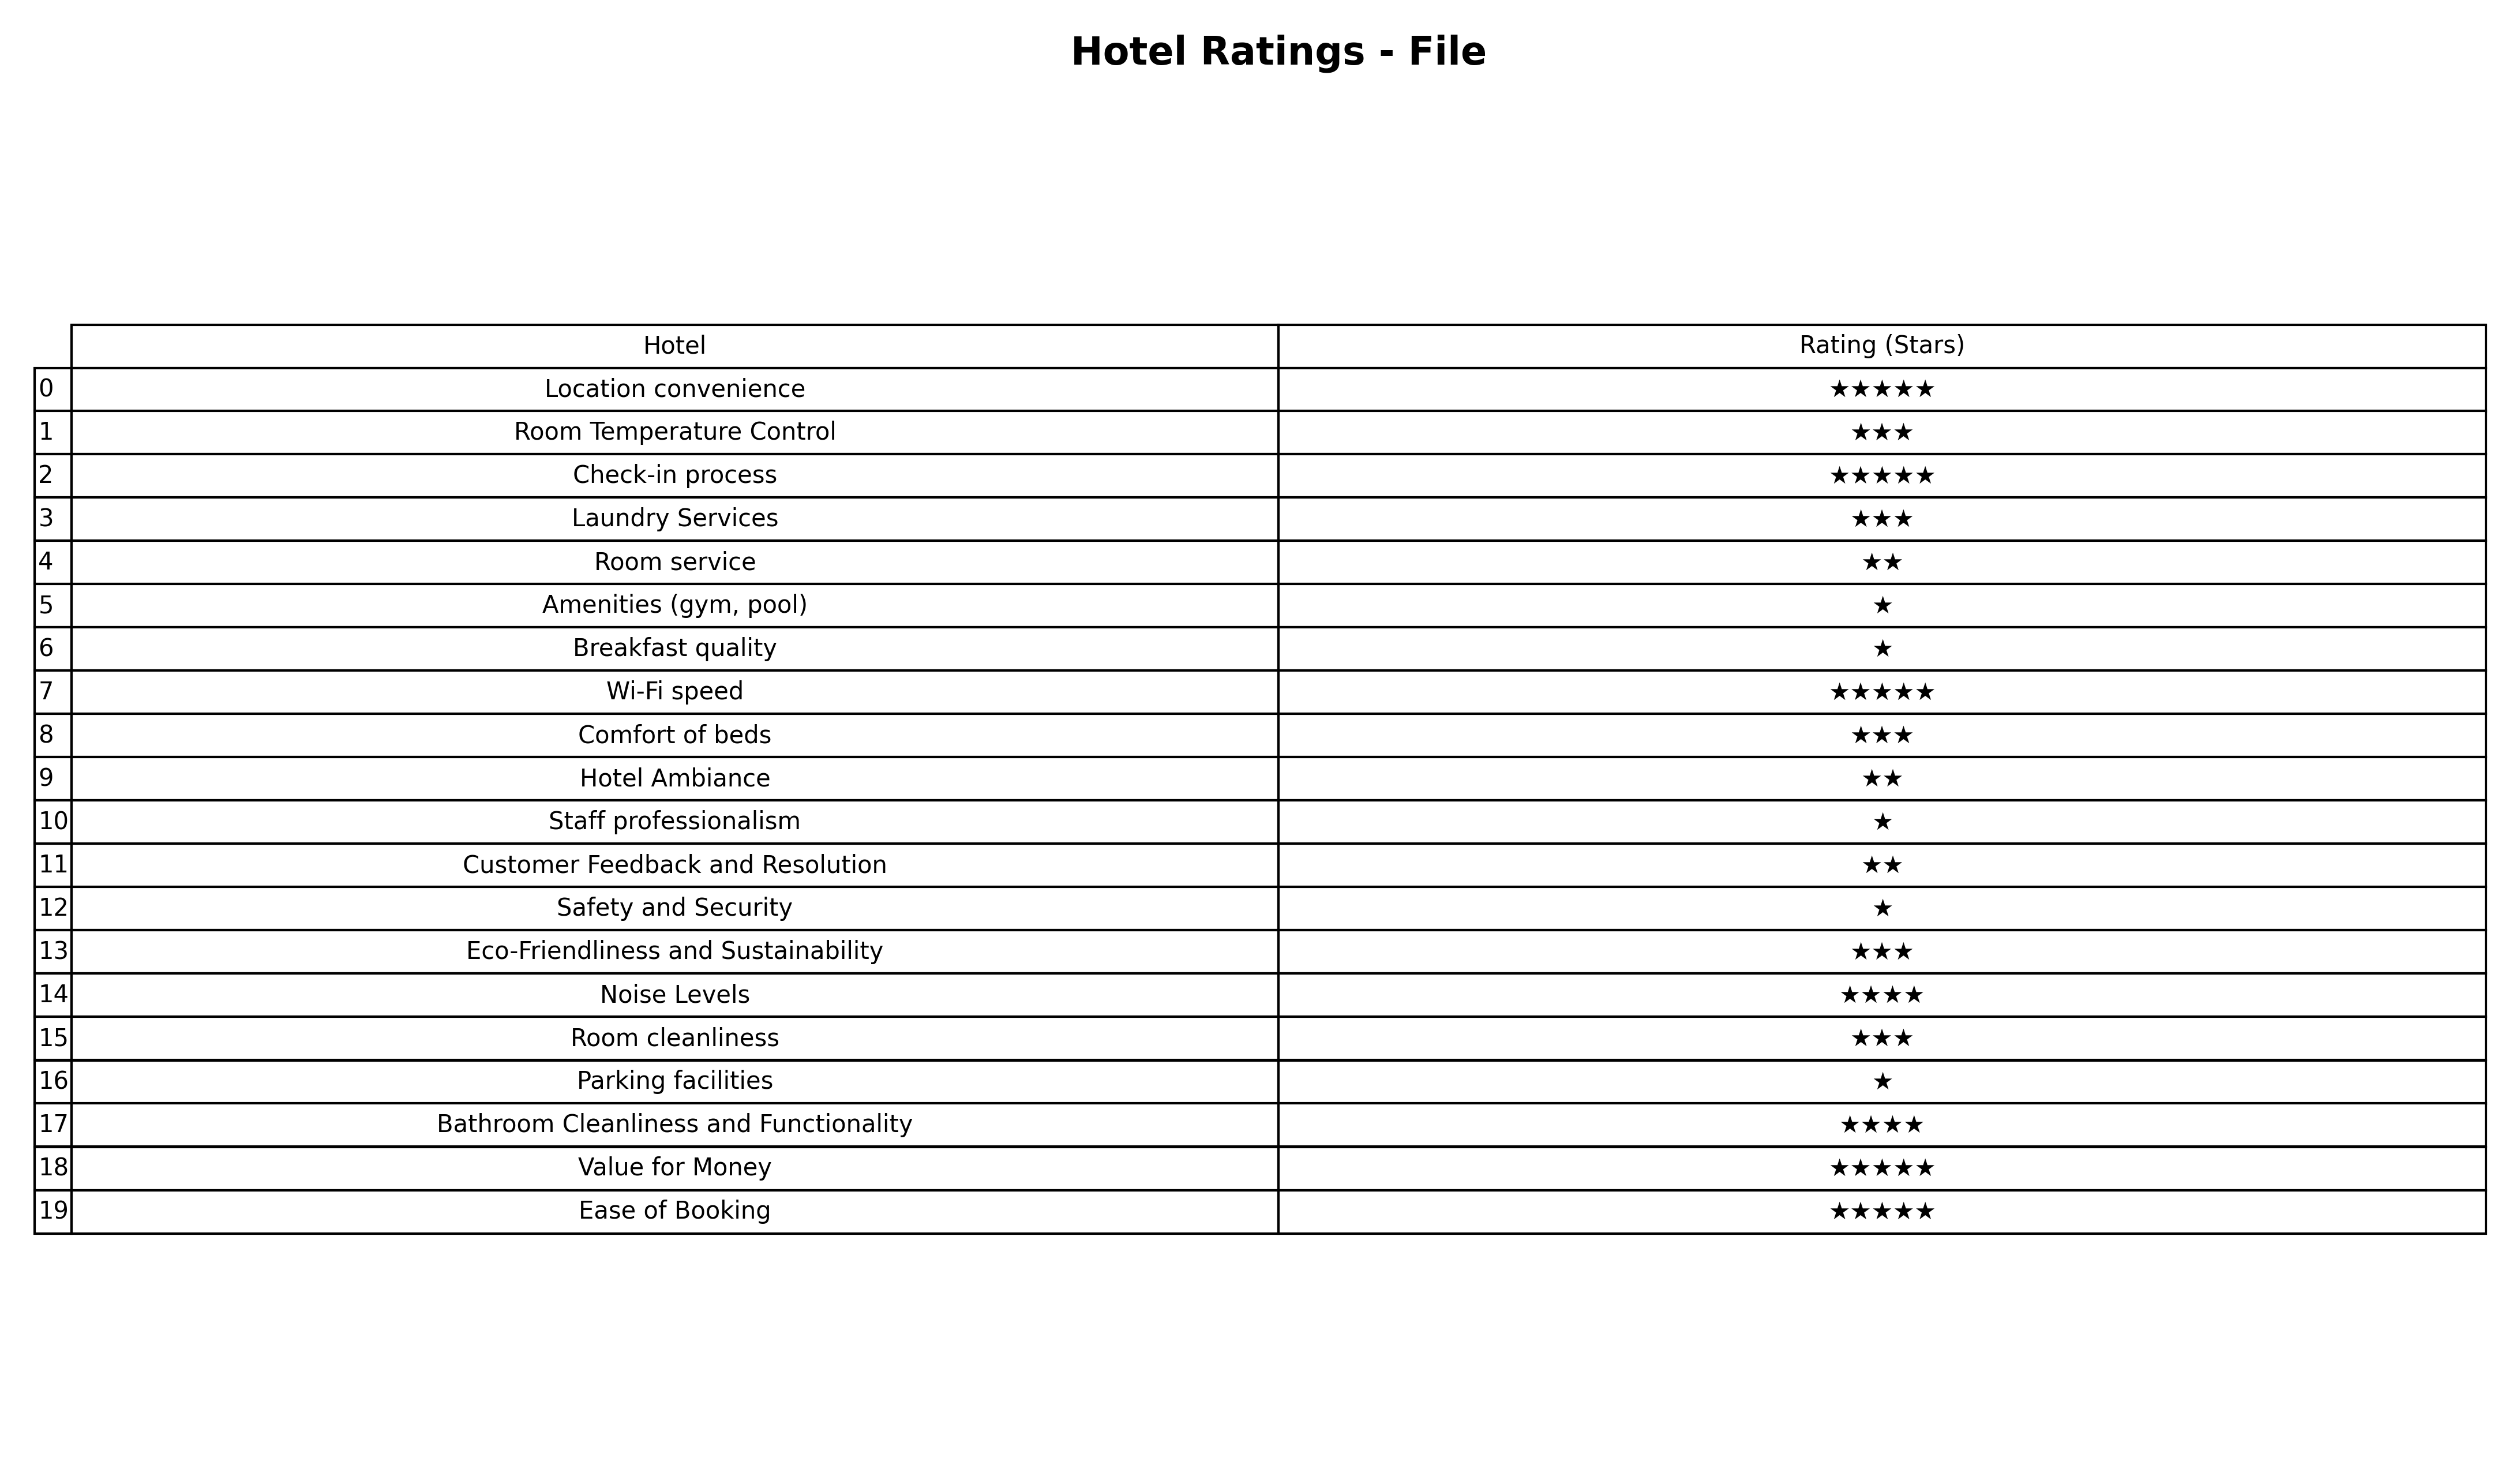
question: What are highest rating services?
answer: Location convenienceCheck-in processWi-Fi speedValue for MoneyEase of Booking